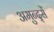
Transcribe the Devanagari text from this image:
अमुन्द्सें